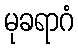
မုခရာဂံ